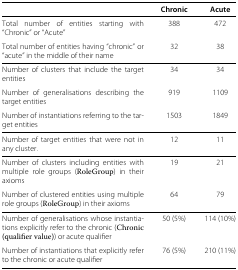
<table><thead><tr><td><b> </b></td><td><b>Chronic</b></td><td><b>Acute</b></td></tr></thead><tbody><tr><td>Total number of entities starting with “Chronic” or “Acute”</td><td>388</td><td>472</td></tr><tr><td>Total number of entities having “chronic” or “acute” in the middle of their name</td><td>32</td><td>38</td></tr><tr><td>Number of clusters that include the target entities</td><td>34</td><td>34</td></tr><tr><td>Number of generalisations describing the target entities</td><td>919</td><td>1109</td></tr><tr><td>Number of instantiations referring to the target entities</td><td>1503</td><td>1849</td></tr><tr><td>Number of target entities that were not in any cluster.</td><td>12</td><td>11</td></tr><tr><td>Number of clusters including entities with multiple role groups (RoleGroup) in their axioms</td><td>19</td><td>21</td></tr><tr><td>Number of clustered entities using multiple role groups (RoleGroup) in their axioms</td><td>64</td><td>79</td></tr><tr><td>Number of generalisations whose instantiations explicitly refer to the chronic (Chronic (qualifier value)) or acute qualifier</td><td>50 (5%)</td><td>114 (10%)</td></tr><tr><td>Number of instantiations that explicitly refer to the chronic or acute qualifier</td><td>76 (5%)</td><td>210 (11%)</td></tr></tbody></table>